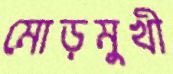
মোড়মুখী